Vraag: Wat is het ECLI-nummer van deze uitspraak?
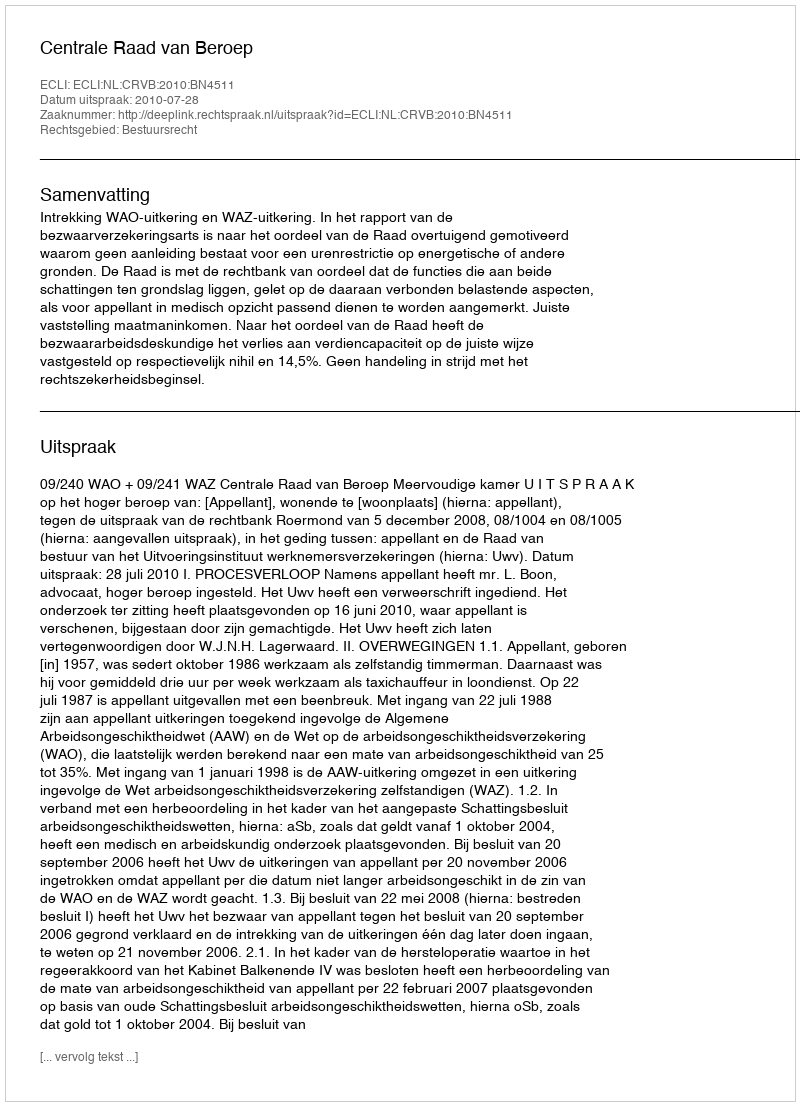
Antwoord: ECLI:NL:CRVB:2010:BN4511